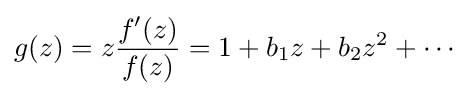
g(z)=z{f^{\prime }(z) \over f(z)}=1+b_{1}z+b_{2}z^{2}+\cdots